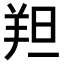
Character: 𫅑